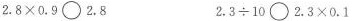
$$2 . 8 \times 0 . 9 \circ 2 . 8$$ $$2 . 3 \div 10 \circ 2 . 3 \times 0 . 1$$